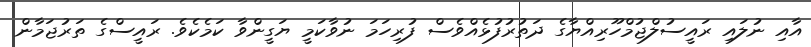
އާއި ނުލައި ރައީސުލްޖުމްހޫރިއްޔާގެ ދަތުރުފުޅެއްވެސް ފުރިހަމަ ނުވާކަމީ ޔަގީންވާ ކަމެކެވެ. ރައީސްގެ ތަރުޖަމާން